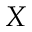
X